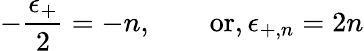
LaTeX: -{\frac{\epsilon_{+}}{2}}=-n,\qquad\mathrm{or,}\, \epsilon_{+,n}=2n